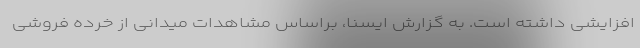
افزایشی داشته است. به گزارش ایسنا، براساس مشاهدات میدانی از خرده فروشی